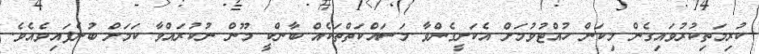
ކުރިމަތިކުރުވައިގެން މިކަން ހުއްޓުވުމަށް އެކަށީގެންވާ މަސައްކަތްތަކެއް ބާންކީ މޫން ނުކުރައްވާ ކަމަށް ބުނެފައިވެއެވެ.